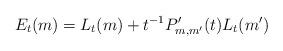
LaTeX: \begin{align*}E_t(m)= L_t(m)+ t^{-1}P'_{m,m'}(t)L_t(m')\end{align*}